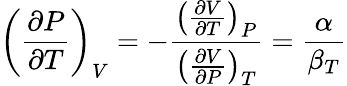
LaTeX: \left({\frac{\partial P}{\partial T}}\right)_{V}=-{\frac{\left({\frac{\partial V}{\partial T}}\right)_{P}}{\left({\frac{\partial V}{\partial P}}\right)_{T}}}={\frac{\alpha}{\beta_{T}}}